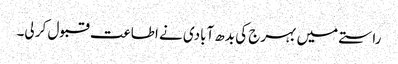
راستے میں بہرج کی بدھ آبادی نے اطاعت قبول کر لی۔